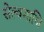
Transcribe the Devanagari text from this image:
सेल्वमाणि